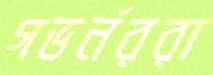
গভর্নররা